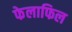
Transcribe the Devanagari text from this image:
फेलाफिल